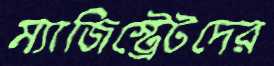
ম্যাজিস্ট্রেটদের